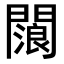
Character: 𨶗